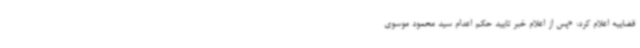
قضاییه اعلام کرد: «پس از اعلام خبر تایید حکم اعدام سید محمود موسوی